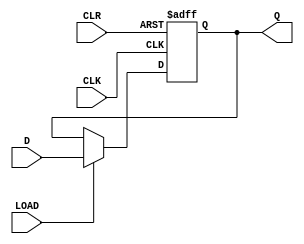
module d_flip_flop (
    input D,
    input CLK,
    input CLR,
    input LOAD,
    output reg Q
);

always @(posedge CLK or posedge CLR)
begin
    if (CLR) begin
        Q <= 1'b0;  // asynchronously clear the flip-flop
    end
    else begin
        if (LOAD) begin
            Q <= D;  // store the value of D when LOAD signal goes high
        end
        else begin
            Q <= Q;  // retain the value
        end
    end
end

endmodule